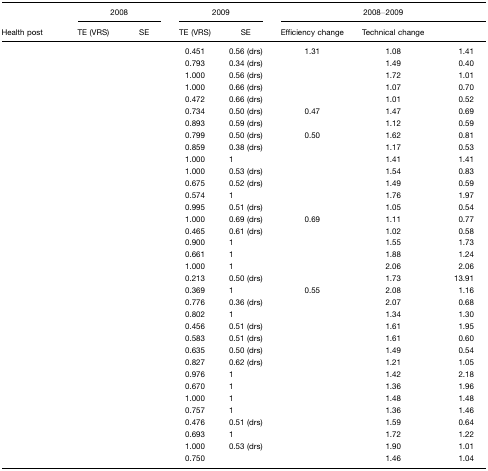
<table><thead><tr><td>[EMPTY_CELL]</td><td colspan="2"><b>2008</b></td><td colspan="2"><b>2009</b></td><td colspan="3"><b>2008–2009</b></td></tr><tr><td><b>Health post</b></td><td><b>TE (VRS)</b></td><td><b>SE</b></td><td><b>TE (VRS)</b></td><td><b>SE</b></td><td><b>Efficiency change</b></td><td><b>Technical change</b></td><td>[EMPTY_CELL]</td></tr></thead><tbody><tr><td>[EMPTY_CELL]</td><td>[EMPTY_CELL]</td><td>[EMPTY_CELL]</td><td>0.451</td><td>0.56 (drs)</td><td>1.31</td><td>1.08</td><td>1.41</td></tr><tr><td>[EMPTY_CELL]</td><td>[EMPTY_CELL]</td><td>[EMPTY_CELL]</td><td>0.793</td><td>0.34 (drs)</td><td>[EMPTY_CELL]</td><td>1.49</td><td>0.40</td></tr><tr><td>[EMPTY_CELL]</td><td>[EMPTY_CELL]</td><td>[EMPTY_CELL]</td><td>1.000</td><td>0.56 (drs)</td><td>[EMPTY_CELL]</td><td>1.72</td><td>1.01</td></tr><tr><td>[EMPTY_CELL]</td><td>[EMPTY_CELL]</td><td>[EMPTY_CELL]</td><td>1.000</td><td>0.66 (drs)</td><td>[EMPTY_CELL]</td><td>1.07</td><td>0.70</td></tr><tr><td>[EMPTY_CELL]</td><td>[EMPTY_CELL]</td><td>[EMPTY_CELL]</td><td>0.472</td><td>0.66 (drs)</td><td>[EMPTY_CELL]</td><td>1.01</td><td>0.52</td></tr><tr><td>[EMPTY_CELL]</td><td>[EMPTY_CELL]</td><td>[EMPTY_CELL]</td><td>0.734</td><td>0.50 (drs)</td><td>0.47</td><td>1.47</td><td>0.69</td></tr><tr><td>[EMPTY_CELL]</td><td>[EMPTY_CELL]</td><td>[EMPTY_CELL]</td><td>0.893</td><td>0.59 (drs)</td><td>[EMPTY_CELL]</td><td>1.12</td><td>0.59</td></tr><tr><td>[EMPTY_CELL]</td><td>[EMPTY_CELL]</td><td>[EMPTY_CELL]</td><td>0.799</td><td>0.50 (drs)</td><td>0.50</td><td>1.62</td><td>0.81</td></tr><tr><td>[EMPTY_CELL]</td><td>[EMPTY_CELL]</td><td>[EMPTY_CELL]</td><td>0.859</td><td>0.38 (drs)</td><td>[EMPTY_CELL]</td><td>1.17</td><td>0.53</td></tr><tr><td>[EMPTY_CELL]</td><td>[EMPTY_CELL]</td><td>[EMPTY_CELL]</td><td>1.000</td><td>1</td><td>[EMPTY_CELL]</td><td>1.41</td><td>1.41</td></tr><tr><td>[EMPTY_CELL]</td><td>[EMPTY_CELL]</td><td>[EMPTY_CELL]</td><td>1.000</td><td>0.53 (drs)</td><td>[EMPTY_CELL]</td><td>1.54</td><td>0.83</td></tr><tr><td>[EMPTY_CELL]</td><td>[EMPTY_CELL]</td><td>[EMPTY_CELL]</td><td>0.675</td><td>0.52 (drs)</td><td>[EMPTY_CELL]</td><td>1.49</td><td>0.59</td></tr><tr><td>[EMPTY_CELL]</td><td>[EMPTY_CELL]</td><td>[EMPTY_CELL]</td><td>0.574</td><td>1</td><td>[EMPTY_CELL]</td><td>1.76</td><td>1.97</td></tr><tr><td>[EMPTY_CELL]</td><td>[EMPTY_CELL]</td><td>[EMPTY_CELL]</td><td>0.995</td><td>0.51 (drs)</td><td>[EMPTY_CELL]</td><td>1.05</td><td>0.54</td></tr><tr><td>[EMPTY_CELL]</td><td>[EMPTY_CELL]</td><td>[EMPTY_CELL]</td><td>1.000</td><td>0.69 (drs)</td><td>0.69</td><td>1.11</td><td>0.77</td></tr><tr><td>[EMPTY_CELL]</td><td>[EMPTY_CELL]</td><td>[EMPTY_CELL]</td><td>0.465</td><td>0.61 (drs)</td><td>[EMPTY_CELL]</td><td>1.02</td><td>0.58</td></tr><tr><td>[EMPTY_CELL]</td><td>[EMPTY_CELL]</td><td>[EMPTY_CELL]</td><td>0.900</td><td>1</td><td>[EMPTY_CELL]</td><td>1.55</td><td>1.73</td></tr><tr><td>[EMPTY_CELL]</td><td>[EMPTY_CELL]</td><td>[EMPTY_CELL]</td><td>0.661</td><td>1</td><td>[EMPTY_CELL]</td><td>1.88</td><td>1.24</td></tr><tr><td>[EMPTY_CELL]</td><td>[EMPTY_CELL]</td><td>[EMPTY_CELL]</td><td>1.000</td><td>1</td><td>[EMPTY_CELL]</td><td>2.06</td><td>2.06</td></tr><tr><td>[EMPTY_CELL]</td><td>[EMPTY_CELL]</td><td>[EMPTY_CELL]</td><td>0.213</td><td>0.50 (drs)</td><td>[EMPTY_CELL]</td><td>1.73</td><td>13.91</td></tr><tr><td>[EMPTY_CELL]</td><td>[EMPTY_CELL]</td><td>[EMPTY_CELL]</td><td>0.369</td><td>1</td><td>0.55</td><td>2.08</td><td>1.16</td></tr><tr><td>[EMPTY_CELL]</td><td>[EMPTY_CELL]</td><td>[EMPTY_CELL]</td><td>0.776</td><td>0.36 (drs)</td><td>[EMPTY_CELL]</td><td>2.07</td><td>0.68</td></tr><tr><td>[EMPTY_CELL]</td><td>[EMPTY_CELL]</td><td>[EMPTY_CELL]</td><td>0.802</td><td>1</td><td>[EMPTY_CELL]</td><td>1.34</td><td>1.30</td></tr><tr><td>[EMPTY_CELL]</td><td>[EMPTY_CELL]</td><td>[EMPTY_CELL]</td><td>0.456</td><td>0.51 (drs)</td><td>[EMPTY_CELL]</td><td>1.61</td><td>1.95</td></tr><tr><td>[EMPTY_CELL]</td><td>[EMPTY_CELL]</td><td>[EMPTY_CELL]</td><td>0.583</td><td>0.51 (drs)</td><td>[EMPTY_CELL]</td><td>1.61</td><td>0.60</td></tr><tr><td>[EMPTY_CELL]</td><td>[EMPTY_CELL]</td><td>[EMPTY_CELL]</td><td>0.635</td><td>0.50 (drs)</td><td>[EMPTY_CELL]</td><td>1.49</td><td>0.54</td></tr><tr><td>[EMPTY_CELL]</td><td>[EMPTY_CELL]</td><td>[EMPTY_CELL]</td><td>0.827</td><td>0.62 (drs)</td><td>[EMPTY_CELL]</td><td>1.21</td><td>1.05</td></tr><tr><td>[EMPTY_CELL]</td><td>[EMPTY_CELL]</td><td>[EMPTY_CELL]</td><td>0.976</td><td>1</td><td>[EMPTY_CELL]</td><td>1.42</td><td>2.18</td></tr><tr><td>[EMPTY_CELL]</td><td>[EMPTY_CELL]</td><td>[EMPTY_CELL]</td><td>0.670</td><td>1</td><td>[EMPTY_CELL]</td><td>1.36</td><td>1.96</td></tr><tr><td>[EMPTY_CELL]</td><td>[EMPTY_CELL]</td><td>[EMPTY_CELL]</td><td>1.000</td><td>1</td><td>[EMPTY_CELL]</td><td>1.48</td><td>1.48</td></tr><tr><td>[EMPTY_CELL]</td><td>[EMPTY_CELL]</td><td>[EMPTY_CELL]</td><td>0.757</td><td>1</td><td>[EMPTY_CELL]</td><td>1.36</td><td>1.46</td></tr><tr><td>[EMPTY_CELL]</td><td>[EMPTY_CELL]</td><td>[EMPTY_CELL]</td><td>0.476</td><td>0.51 (drs)</td><td>[EMPTY_CELL]</td><td>1.59</td><td>0.64</td></tr><tr><td>[EMPTY_CELL]</td><td>[EMPTY_CELL]</td><td>[EMPTY_CELL]</td><td>0.693</td><td>1</td><td>[EMPTY_CELL]</td><td>1.72</td><td>1.22</td></tr><tr><td>[EMPTY_CELL]</td><td>[EMPTY_CELL]</td><td>[EMPTY_CELL]</td><td>1.000</td><td>0.53 (drs)</td><td>[EMPTY_CELL]</td><td>1.90</td><td>1.01</td></tr><tr><td>[EMPTY_CELL]</td><td>[EMPTY_CELL]</td><td>[EMPTY_CELL]</td><td>0.750</td><td>[EMPTY_CELL]</td><td>[EMPTY_CELL]</td><td>1.46</td><td>1.04</td></tr></tbody></table>